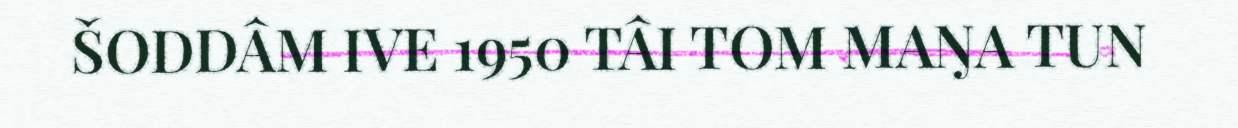
ŠODDÂM IVE 1950 TÂI TOM MAŊA TUN